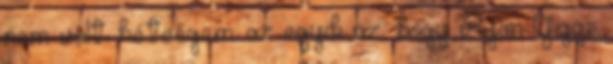
nem volt kétségem: az egyik az, hogy Ryan Giggs